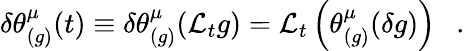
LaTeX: \delta\theta_{(g)}^{\mu}(t)\equiv\delta\theta_{(g)}^{\mu}({\cal L}_{t}g)={\cal L}_{t}\left(\theta_{(g)}^{\mu}(\delta g)\right)~~~.